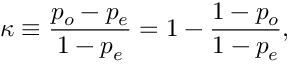
\kappa \equiv { \frac { p _ { o } - p _ { e } } { 1 - p _ { e } } } = 1 - { \frac { 1 - p _ { o } } { 1 - p _ { e } } } ,